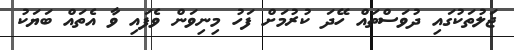
ޖަލުތަކުގައި ދުވަސްތައް ހޭދަ ކުރުމަށް ފަހު މިނިވަން ވެފައި ވާ އެތައް ބަޔަކު